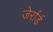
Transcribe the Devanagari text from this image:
जेर्रार्ड